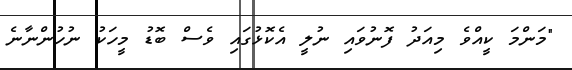
"މަންމަ ކީއްވެ މިއަދު ފޮނުވައި ނުލީ އެކޮޅުގައި ވެސް ބޮޑު މީހަކު ނުހުންނާނެ